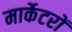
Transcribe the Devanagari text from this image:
मार्केटरों